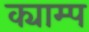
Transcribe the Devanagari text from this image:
क्याम्प